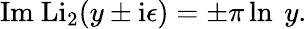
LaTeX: \mathrm{Im~Li_{2}}(y\pm\mathrm{i}\epsilon)=\pm\pi\ln~y.